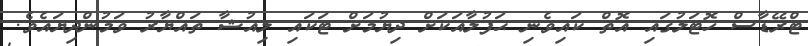
ޓްރޭޑާސް ހޮޓަލުގައި އޮތް ކައިވެނި ޙަފުލާއަކަށް ދިޔުމަށް ޓަކައި ލިއުޝާ ތައްޔާރު ވަމުންދިޔައެވެ.